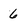
Character: 6